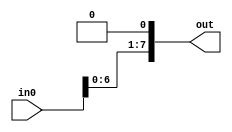

module shift_left(
    input [7:0] in0,
    output [7:0] out
    );
    
    assign out = in0 << 1;
endmodule